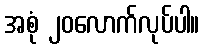
အစုံ ၂၀လောက်လုပ်ပါ။